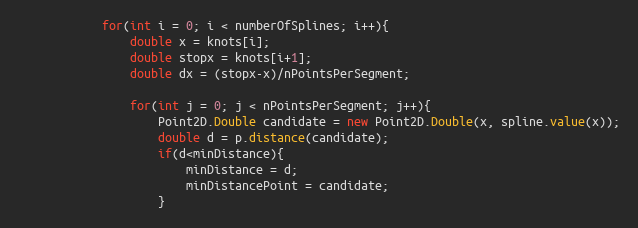
Language: Java
		    for(int i = 0; i < numberOfSplines; i++){
		    	double x = knots[i];
		    	double stopx = knots[i+1];
		    	double dx = (stopx-x)/nPointsPerSegment;

		    	for(int j = 0; j < nPointsPerSegment; j++){
		    		Point2D.Double candidate = new Point2D.Double(x, spline.value(x));
		    		double d = p.distance(candidate);
		    		if(d<minDistance){
		    			minDistance = d;
		    			minDistancePoint = candidate;
		    		}